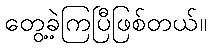
တွေ့ခဲ့ကြပြီဖြစ်တယ်။